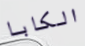
الكابا